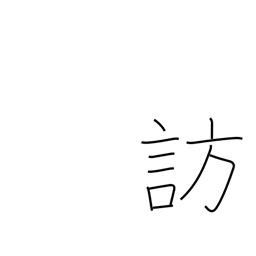
Meaning: call on